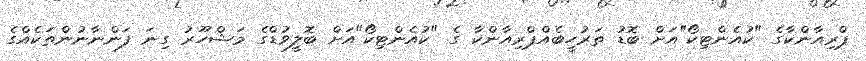
ޕްރިއާންކާގެ "ކުއެންޓިކޯ"އަަށް ބޮޑު ތަރުހީބެއްޕްރިއާންކާ ގެ "ކުއެންޓިކޯ"އަށް ބޮލީވުޑްގެ މަޝްހޫރު ގިނަ ފަންނާނުންތަކެއްގެ